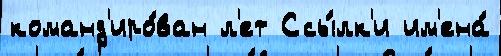
команд'иро́ван л'ет Ссы́лк'и им'ена́